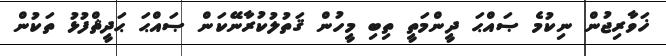
ޚަވާރިޖުން ނިކުމެ ޞައްޙަ ދީންމަތީ ތިބި މީހުން ޤަތުލުކުރާނޭކަން ޞައްޙަ ޙަދީޘްފުޅު ތަކުން